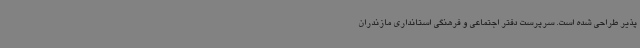
پذیر طراحی شده است. سرپرست دفتر اجتماعی و فرهنگی استانداری مازندران